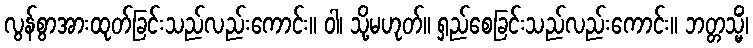
လွန်စွာအားထုတ်ခြင်းသည်လည်းကောင်း။ ဝါ၊ သို့မဟုတ်။ ရှည်စေခြင်းသည်လည်းကောင်း။ ဘတ္တသ္မိံ၊